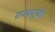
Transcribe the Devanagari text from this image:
राज्यसूची।